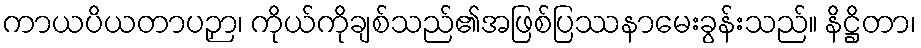
ကာယပိယတာပဉှာ၊ ကိုယ်ကိုချစ်သည်၏အဖြစ်ပြဿနာမေးခွန်းသည်။ နိဋ္ဌိတာ၊